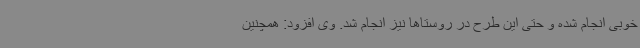
خوبی انجام شده و حتی این طرح در روستاها نیز انجام شد. وی افزود: همچنین